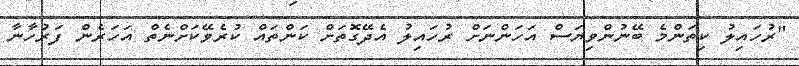
"ރުހައިލު ކިތަންމެ ބޭނުންވިޔަސް އަހަންނަށް ރުހައިލު އެދޭގޮތަށް ކަންތައް ކުރެވޭކަށްނެތް އަހަރެން ފަރުހާނާ